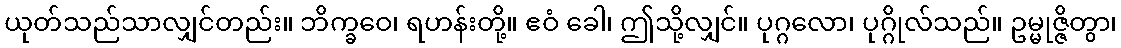
ယုတ်သည်သာလျှင်တည်း။ ဘိက္ခဝေ၊ ရဟန်းတို့။ ဧဝံ ခေါ၊ ဤသို့လျှင်။ ပုဂ္ဂလော၊ ပုဂ္ဂိုလ်သည်။ ဥမ္မုဇ္ဇိတွာ၊